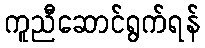
ကူညီဆောင်ရွက်ရန်